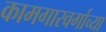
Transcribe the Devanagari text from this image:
कामगारवर्गाच्या